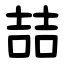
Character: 喆